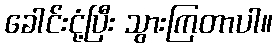
ခေါင်းငုံ့ပြီး သွားကြတာပါ။